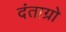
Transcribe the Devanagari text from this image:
दंताग्रो